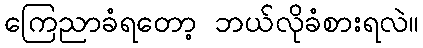
ကြေညာခံရတော့ ဘယ်လိုခံစားရလဲ။